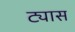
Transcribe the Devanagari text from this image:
ट्यास